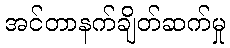
အင်တာနက်ချိတ်ဆက်မှု